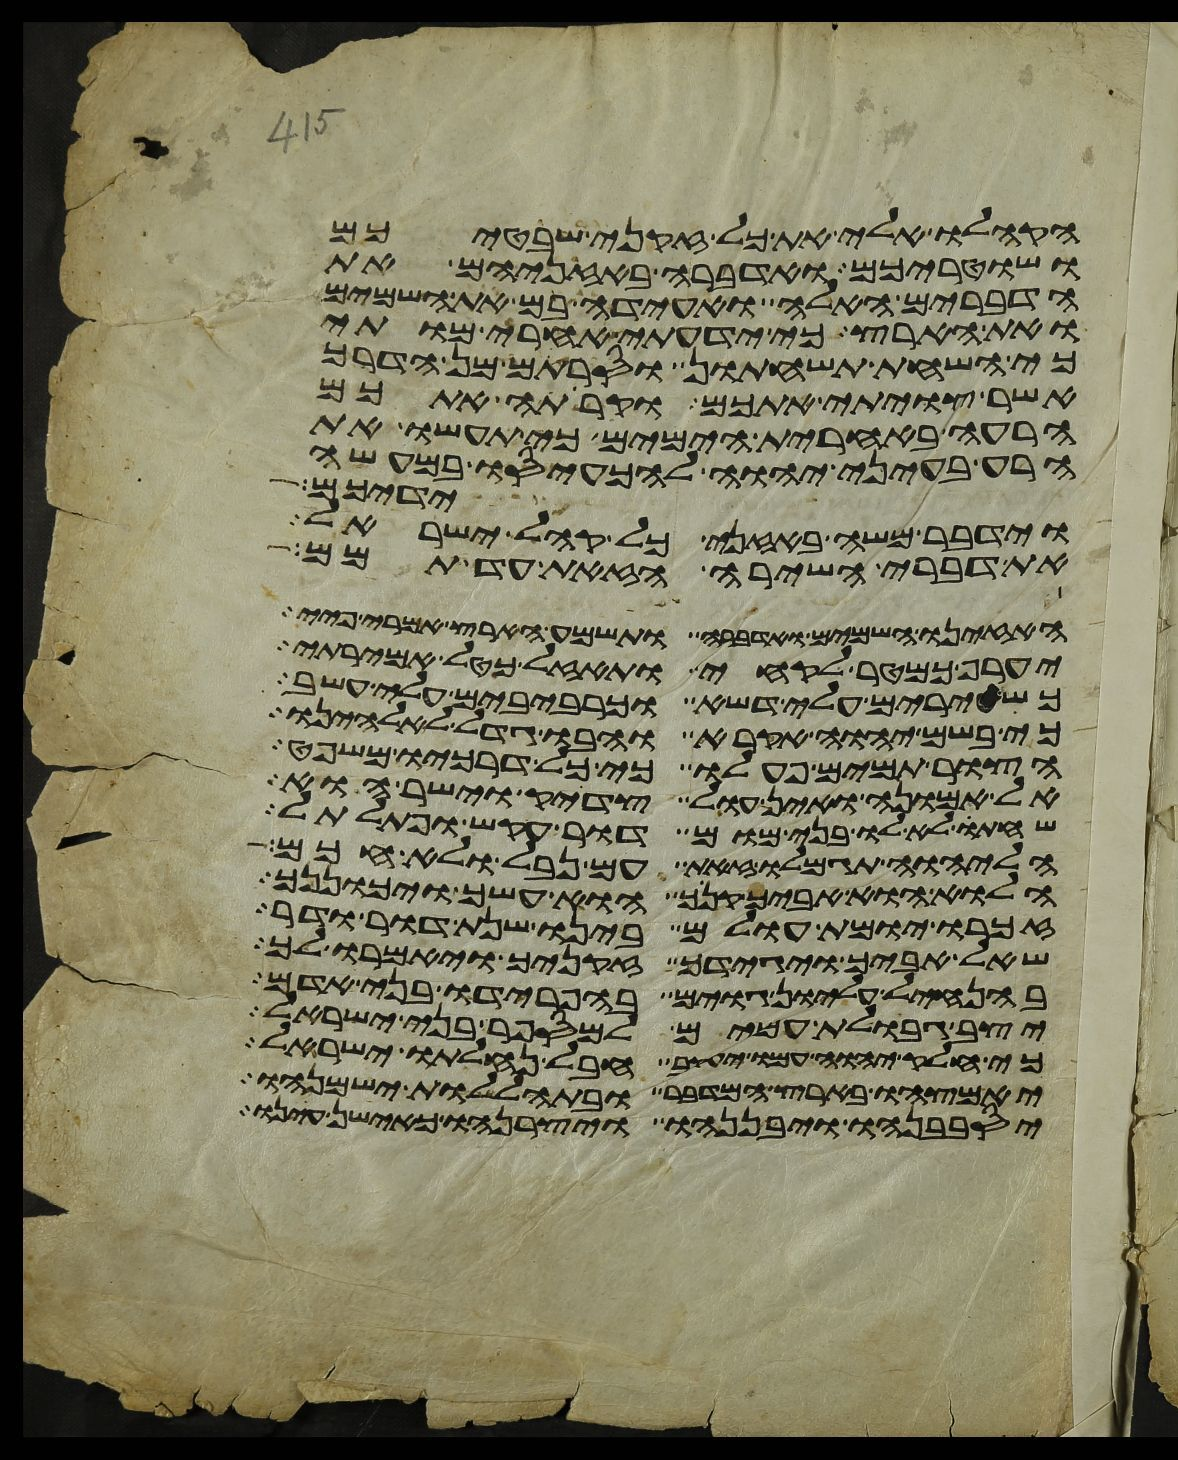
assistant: הקהלו אלי את כל זקני שבטיכם
ושטריכם ואדברה באזניהם את
הדברים האלה ואעידה בם את השמים
ואת הארץ כי ידעתי אחרי מותי
כי השחת תשחתון וסרתם מן הדרך
אשר צויתי אתכם וקרתה אתכם
הרעה באחרית הימים כי תעשו את
הרע בעיני יהוה להכעיסו במעשה
ידיכם
וידבר משה באזני כל קהל ישראל
את דברי השירה הזאת עד תמם
האזינו השמים ואדברה ותשמע הארץ אמרי פיי
יערף כמטר לקחי ותאזל כטל אמירתי
כשעירים עלי דשא וכרביבים עלי עשב
כי בשם יהוה אקרא והבו גדל לאלהינו
הצור תמים פעלו כי כל דרכיו משפט
אל אמונה ואין עול צדיק וישר הוא
שחתו לא לו בני מום דור עקש ופתלתל
הליהוה תגמלו זאת עם נבל ולא חכם
הלוא הוא אביך קנך הוא עשך ויכוננך
זכרו יומת עולם בינו שנת דור ודר
שאל אביך ויגידך זקניך ויאמרו לך
בהנחיל עליון גוים בהפרידו בני אדם
יצב גבולת עמים למספר בני ישראל
כי חלק יהוה עמו יעקב חבל נחלתו ישראל
יאמצהו בארץ המדבר ובתהללות ישמנהו
יסבבנהו ויבננהו ויצרנהו כאישן עינו